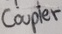
Text: Coupler